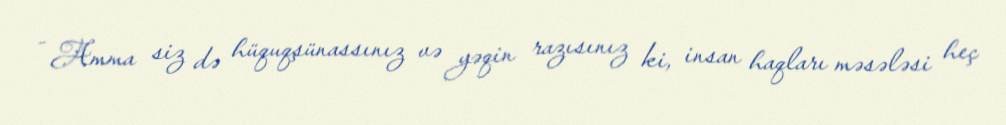
- Amma siz də hüquqşünassınız və yəqin razısınız ki, insan haqları məsələsi heç